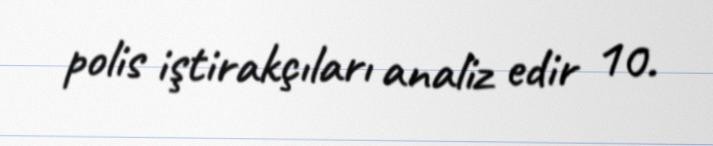
polis iştirakçıları analiz edir 10.